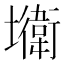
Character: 𡓎